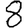
Digit: 8